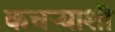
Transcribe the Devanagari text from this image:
कचऱ्याशी